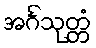
အင်္ဂသုတ္တံ